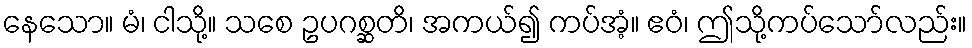
နေသော။ မံ၊ ငါသို့။ သစေ ဥပဂစ္ဆတိ၊ အကယ်၍ ကပ်အံ့။ ဧဝံ၊ ဤသို့ကပ်သော်လည်း။